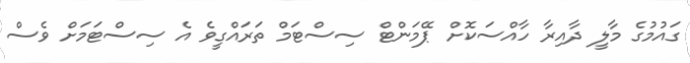
ގައުމުގެ މާލީ ދާއިރާ ހާއްސަކޮށް ޕޭމަންޓް ސިސްޓަމް ތަރައްގީވެ އެ ސިސްޓަމަށް ވެސް